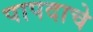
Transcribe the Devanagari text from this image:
पापदाचे